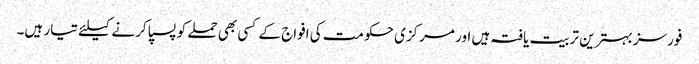
فورسز بہترین تربیت یافتہ ہیں اور مرکزی حکومت کی افواج کے کسی بھی حملے کو پسپا کرنے کیلئے تیار ہیں۔